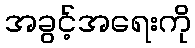
အခွင့်အရေးကို